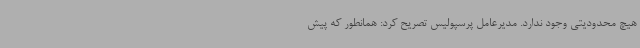
هیچ محدودیتی وجود ندارد. مدیرعامل پرسپولیس تصریح کرد: همانطور که پیش